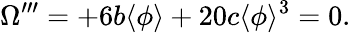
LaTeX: \Omega^{\prime\prime\prime}=+6b\langle\phi\rangle+20c\langle\phi\rangle^{3}=0.